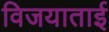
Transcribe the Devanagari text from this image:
विजयाताई